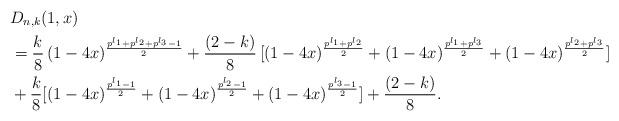
LaTeX: \begin{align*}&D_{n,k}(1,x)\cr&=\frac{k}{8}\,(1-4x)^\frac{p^{l_1}+p^{l_2}+p^{l_3}-1}{2}+\frac{(2-k)}{8}\,[(1-4x)^\frac{p^{l_1}+p^{l_2}}{2}+(1-4x)^\frac{p^{l_1}+p^{l_3}}{2}+(1-4x)^\frac{p^{l_2}+p^{l_3}}{2}]\cr&+\frac{k}{8}[(1-4x)^\frac{p^{l_1}-1}{2}+(1-4x)^\frac{p^{l_2}-1}{2}+(1-4x)^\frac{p^{l_3}-1}{2}]+\frac{(2-k)}{8}.\end{align*}